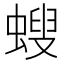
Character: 螋